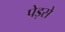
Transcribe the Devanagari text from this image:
पेड़से